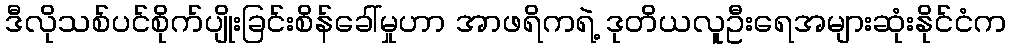
ဒီလိုသစ်ပင်စိုက်ပျိုးခြင်းစိန်ခေါ်မှုဟာ အာဖရိကရဲ့ ဒုတိယလူဦးရေအများဆုံးနိုင်ငံက